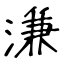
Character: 溓